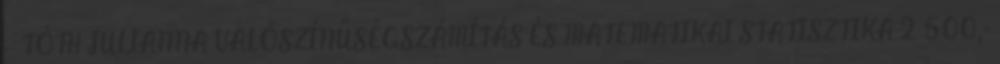
– TÓTH JULIANNA VALÓSZÍNŰSÉGSZÁMÍTÁS ÉS MATEMATIKAI STATISZTIKA 2 500,-